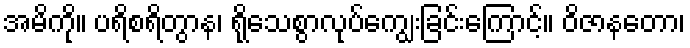
အမိကို။ ပရိစရိတွာန၊ ရိုသေစွာလုပ်ကျွေးခြင်းကြောင့်။ ဝိဇာနတော၊